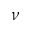
\nu